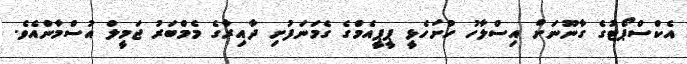
އެކްސްޕޯޓުގެ ގާނޫނަށް އިސްލާހު ހުށަހެޅީ ޕީޕީއެމްގެ ގެމަނަފުށި ދާއިރާގެ މެމްބަރު ޖަމީލް އުސްމާންއެވެ.